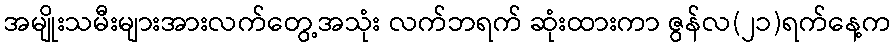
အမျိုးသမီးများအားလက်တွေ့အသုံး လက်ဘရက် ဆုံးထားကာ ဇွန်လ(၂၁)ရက်နေ့က